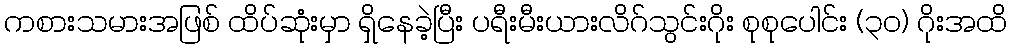
ကစားသမားအဖြစ် ထိပ်ဆုံးမှာ ရှိနေခဲ့ပြီး ပရီးမီးယားလိဂ်သွင်းဂိုး စုစုပေါင်း (၃၀) ဂိုးအထိ